On a parasite found in the white corpuscles of the blood of palm squirrels - Number 24
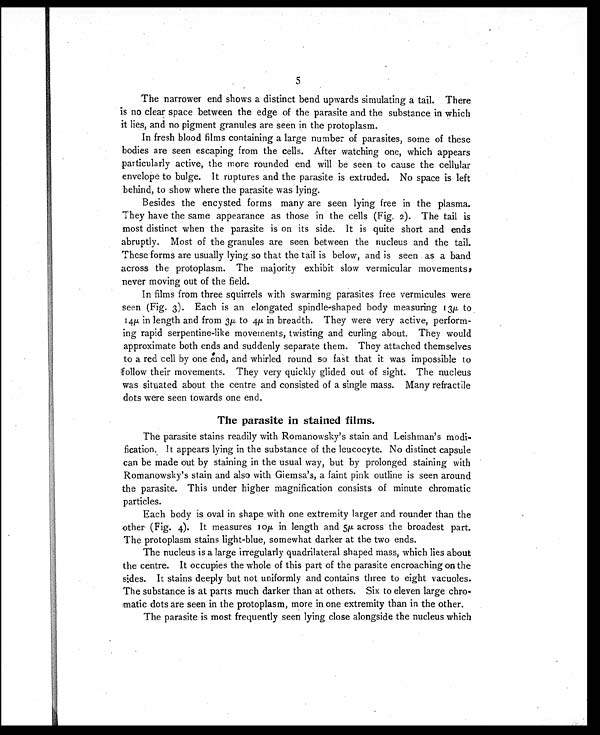
5
The narrower end shows a distinct bend upwards simulating a tail. There
is no clear space between the edge of the parasite and the substance in which
it lies, and no pigment granules are seen in the protoplasm.
In fresh blood films containing a large number of parasites, some of these
bodies are seen escaping from the cells. After watching one, which appears
particularly active, the more rounded end will be seen to cause the cellular
envelope to bulge. It ruptures and the parasite is extruded. No space is left
behind, to show where the parasite was lying.
Besides the encysted forms many are seen lying free in the plasma.
They have the same appearance as those in the cells (Fig. 2). The tail is
most distinct when the parasite is on its side. It is quite short and ends
abruptly. Most of the granules are seen between the nucleus and the tail.
These forms are usually lying so that the tail is below, and is seen as a band
across the protoplasm. The majority exhibit slow vermicular movements,
never moving out of the field.
In films from three squirrels with swarming parasites free vermicules were
seen (Fig. 3). Each is an elongated spindle-shaped body measuring 13µ to
14µ in length and from 3µ to 4µ in breadth. They were very active, perform-
ing rapid serpentine-like movements, twisting and curling about. They would
approximate both ends and suddenly separate them. They attached themselves
to a red cell by one end, and whirled round so fast that it was impossible to
follow their movements. They very quickly glided out of sight. The nucleus
was situated about the centre and consisted of a single mass. Many refractile
dots were seen towards one end.
The parasite in stained films.
The parasite stains readily with Romanowsky's stain and Leishman's modi
-fication. It appears lying in the substance of the leucocyte. No distinct capsule
can be made out by staining in the usual way, but by prolonged staining with
Romanowsky's stain and also with Giemsa's, a faint pink outline is seen around
the parasite. This under higher magnification consists of minute chromatic
particles.
Each body is oval in shape with one extremity larger and rounder than the
other (Fig. 4). It measures 10 µ in length and 5µ across the broadest part.
The protoplasm stains light-blue, somewhat darker at the two ends.
The nucleus is a large irregularly quadrilateral shaped mass, which lies about
the centre. It occupies the whole of this part of the parasite encroaching on the
sides. It stains deeply but not uniformly and contains three to eight vacuoles.
The substance is at parts much darker than at others. Six to eleven large chro
-matic dots are seen in the protoplasm, more in one extremity than in the other.
The parasite is most frequently seen lying close alongside the nucleus which